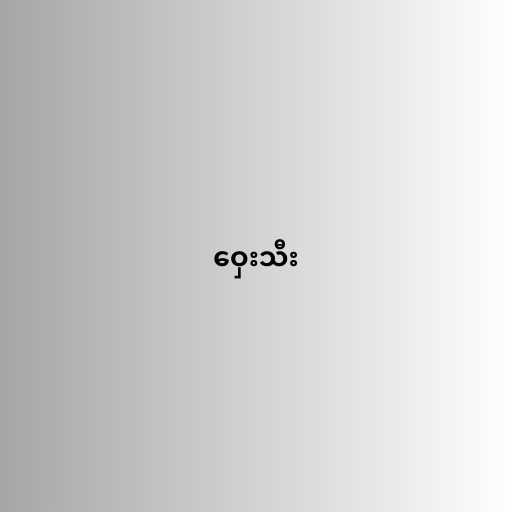
ဝှေးသီး